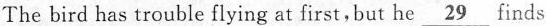
The bird has trouble flying at first,but he \underline{29} finds